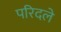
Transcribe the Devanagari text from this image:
परिदले